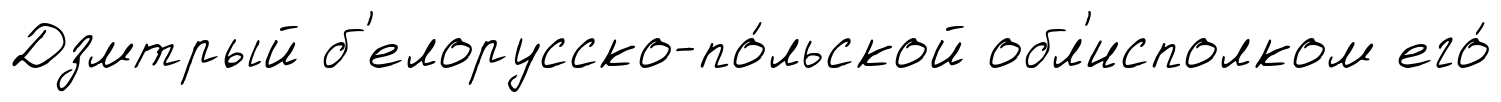
Дзмтрый б'елорусско-по́льской обл'исполком его́